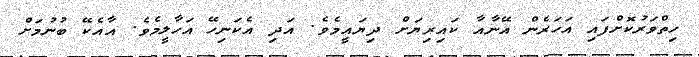
ހިތްވަރުކޮށްފައި އަހަރެން އޭނާއާ ކައިރިޔަށް ދިޔައީމެވެ. އަދި އެކަނިހޭ އަހާލީމެވެ. އާއެކޭ ބުނުމަށް